Calcutta medical institutions reports 1892-1900
Year: 1892
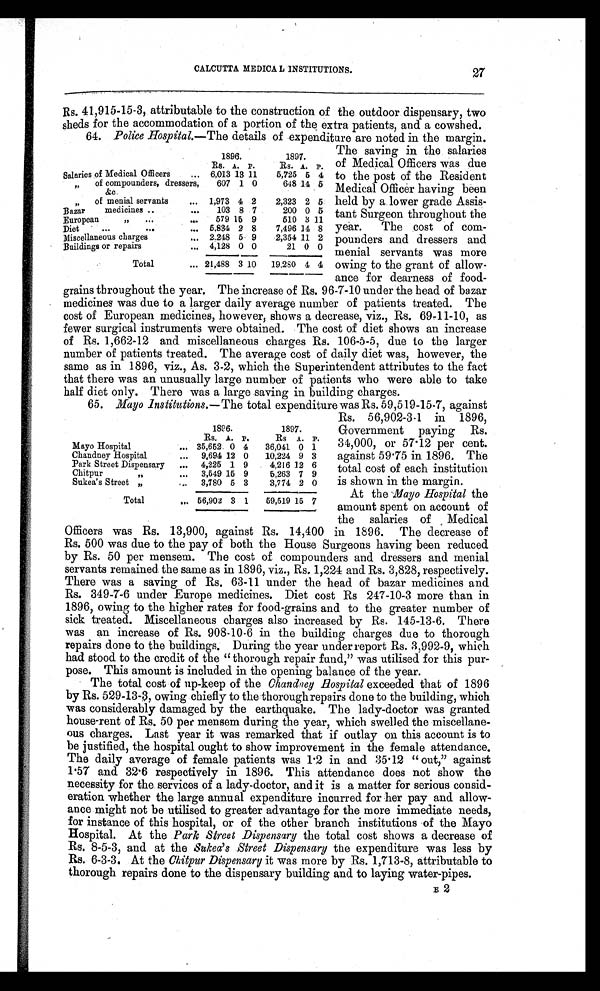
Government paying Rs.
34,000, or 57.12 per cent.
against 59.75 in 1896. The
total cost of each institution
is shown in the margin.
At the Mayo Hospital the
amount spent on account of
the salaries of Medical
Officers was Rs. 13,900, against Rs. 14,400 in 1896. The decrease of
Rs. 500 was due to the pay of both the House Surgeons having been reduced
by Rs. 50 per mensem. The cost of compounders and dressers and menial
servants remained, the same as in 1896, viz., Rs. 1,224 and Rs. 3,828, respectively.
There was a saving of Rs. 63-11 under the head of bazar medicines and
Rs. 349-7-6 under Europe medicines. Diet cost Rs 247-10-3 more than in
1896, owing to the higher rates for food-grains and to the greater number of
sick treated. Miscellaneous charges also increased by Rs. 145-13-6. There
was an increase of Rs. 908-10-6 in the building charges due to thorough
repairs done to the buildings. During the year under report Rs. 3,992-9, which
had stood to the credit of the "thorough repair fund," was utilised for this pur-
pose. This amount is included in the opening balance of the year.
The total cost of up-keep of the Chandney Hospital exceeded that of 1896
by Rs. 529-13-3, owing chiefly to the thorough repairs done to the building, which
was considerably damaged by the earthquake. The lady-doctor was granted
house-rent of Rs. 50 per mensem during the year, which swelled the miscellane-
ous charges. Last year it was remarked that if outlay on this account is to
be justified, the hospital ought to show improvement in the female attendance.
The daily average of female patients was 1.2 in and 35.12 "out," against
1.57 and 32.6 respectively in 1896. This attendance does not show the
necessity for the services of a lady-doctor, and it is a matter for serious consid-
eration whether the large annual expenditure incurred for her pay and allow-
ance might not be utilised to greater advantage for the more immediate needs,
for instance of this hospital, or of the other branch institutions of the Mayo
Hospital. At the Park Street Dispensary the total cost shows a decrease of
Rs. 8-5-3, and at the Sukea's Street Dispensary the expenditure was less by
Rs. 6-3-3. At the Chitpur Dispensary it was more by Rs. 1,713-8, attributable to
thorough repairs done to the dispensary building and to laying water-pipes.
E 2
1896.
1897.
Rs. A. P .
Rs A. P.
Mayo Hospital
... 35,652 0 4 36,041 0 1
Chandney Hospital
... 9,694 12 0 10,224 9 3
Park Street Dispensary ... 4,225 1 9
4,216 12 6
Chitpur ,,
... 3,549 15 9
5,263 7 9
Sukea's Street ,,
... 3,780 5 3
3,774 2 0
Total
. . . 56,902 3 1 59,519 15 7
CALCUTTA MEDICAL INSTITUTIONS.
Rs. 41,915-15-3, attributable to the construction of the outdoor dispensary, two
sheds for the accommodation of a portion of the extra patients, and a cowshed.
64. Police Hospital. —The details of expenditure are noted in the margin.
27
1896.
1897.
Rs. A. P.
Rs. A. P.
Salaries of Medical Officers
... 6,013 13 11
5,725 5 4
,, of compounders, dressers,
& c .
607 1 0
648 14 5
,, of menial servants
... 1,973 4 2
2,323 2 5
Bazar medicines ..
... 103 8 7
200 0 5
European ,,
. . .
... 579 15 9
510 3 11
Diet
...
. . . ... 5,834 2 8
7,496 14 8
Miscellaneous charges
... 2,248 5 9
2,354 11 2
Buildings or repairs
... 4,128 0 0
21 0 0
Total
... 21,488 3 10 19,280 4 4
The saving in the salaries
of Medical Officers was due
to the post of the Resident
Medical Officer having been
held by a lower grade Assis-
tant Surgeon throughout the
year. The cost of com-
pounders and dressers and
menial servants was more
owing to the grant of allow-
ance for dearness of food-
grains throughout the year. The increase of Rs. 96-7-10 under the head of bazar
medicines was due to a larger daily average number of patients treated. The
cost of European medicines, however, shows a decrease, viz., Rs. 69-11-10, as
fewer surgical instruments were obtained. The cost of diet shows an increase
of Rs. 1,662-12 and miscellaneous charges Rs. 106-5-5, due to the larger
number of patients treated. The average cost of daily diet was, however, the
same as in 1896, viz., As. 3-2, which the Superintendent attributes to the fact
that there was an unusually large number of patients who were able to take
half diet only. There was a large saving in building charges.
65. Mayo Institutions. —The total expenditure was Rs. 59,519-15-7, against
Rs. 56,902-3-1 in 1896,